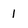
Character: 1